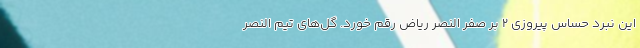
این نبرد حساس پیروزی 2 بر صفر النصر ریاض رقم خورد. گل‌های تیم النصر